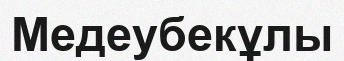
Медеубекұлы